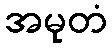
အမုတံ